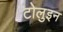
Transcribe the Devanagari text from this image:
टोलुइन